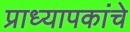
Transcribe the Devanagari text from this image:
प्राध्यापकांचे